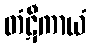
တံဋီကာယံ